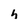
Character: h